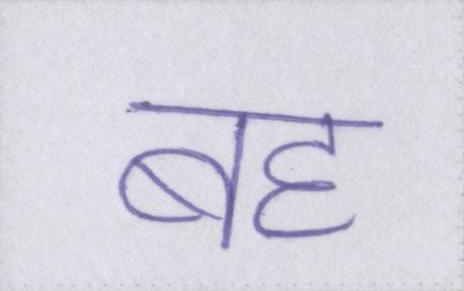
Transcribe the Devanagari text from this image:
बह